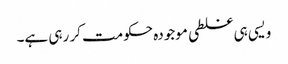
ویسی ہی غلطی موجودہ حکومت کر رہی ہے۔